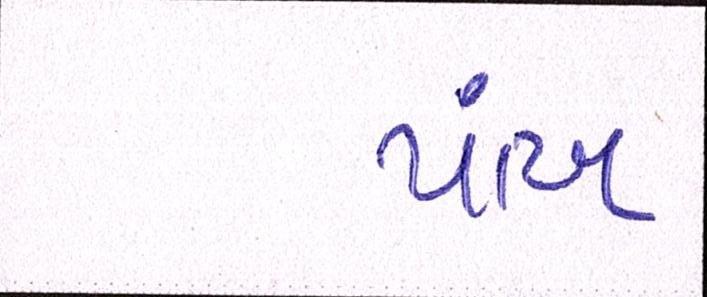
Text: પાંખ